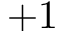
+ 1